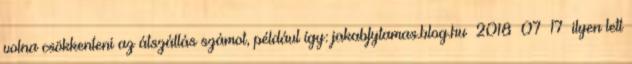
volna csökkenteni az átszállás számot, például így: jakabfytamas.blog.hu 2018 07 17 ilyen lett